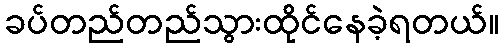
ခပ်တည်တည်သွားထိုင်နေခဲ့ရတယ်။